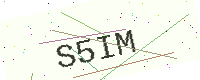
Text: S5IM